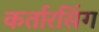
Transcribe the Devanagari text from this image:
कर्तारसिंग